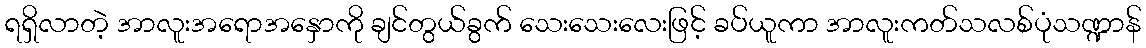
ရရှိလာတဲ့ အာလူးအရောအနှောကို ချင်တွယ်ခွက် သေးသေးလေးဖြင့် ခပ်ယူကာ အာလူးကတ်သလစ်ပုံသဏ္ဍာန်